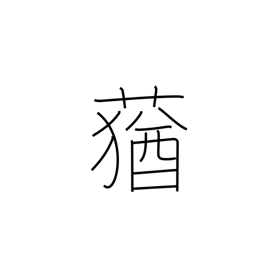
Meaning: foul-smelling grass